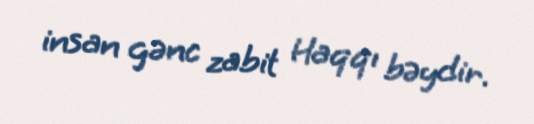
insan gənc zabit Haqqı bəydir.